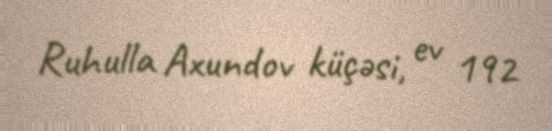
Ruhulla Axundov küçəsi, ev 192